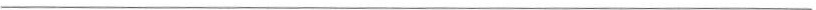
___